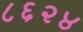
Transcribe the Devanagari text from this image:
८६२४